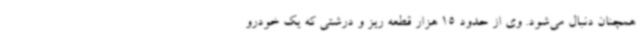
همچنان دنبال می‌شود. وی از حدود 15 هزار قطعه‌ ریز و درشتی که یک خودرو